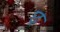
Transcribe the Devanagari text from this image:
छ्र